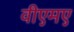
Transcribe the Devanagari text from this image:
वीएमए